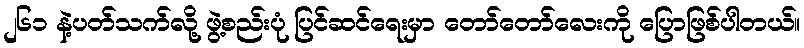
၂၆၁ နဲ့ပတ်သက်လို့ ဖွဲ့စည်းပုံ ပြင်ဆင်ရေးမှာ တော်တော်လေးကို ပြောဖြစ်ပါတယ်။